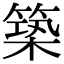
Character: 築